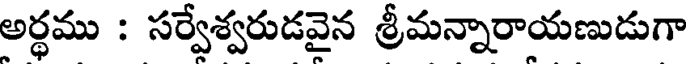
అర్థము : సర్వేశ్వరుడవైన శ్రీమన్నారాయణుడుగా